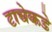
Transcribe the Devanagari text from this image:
टाचेकडे